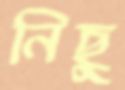
নিছু